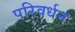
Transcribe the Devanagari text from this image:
परिवर्धन